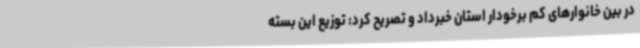
در بین خانوارهای کم برخودار استان خبرداد و تصریح کرد: توزیع این بسته